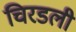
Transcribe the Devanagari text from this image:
चिरडली